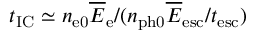
t _ { \mathrm { I C } } \simeq n _ { \mathrm { e 0 } } \overline { E } _ { \mathrm { e } } / ( n _ { \mathrm { p h 0 } } \overline { E } _ { \mathrm { e s c } } / t _ { \mathrm { e s c } } )